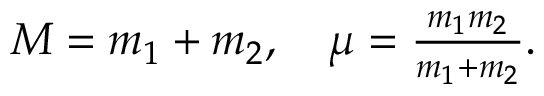
\begin{array} { r } { M = m _ { 1 } + m _ { 2 } , \quad \mu = \frac { m _ { 1 } m _ { 2 } } { m _ { 1 } + m _ { 2 } } . } \end{array}